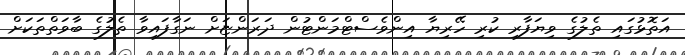
އަތޮޅުގައި ތެލުގެ ވިޔަފާރި ކުރި ހޭރިޔާ އިންވެެސްޓްމަންޓުން ދަރަންޏަށް ނަގާފައިވާ ތެލުގެ ބާވަތްތަކަށް